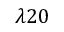
\lambda 2 0